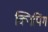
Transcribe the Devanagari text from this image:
क्निपिंग